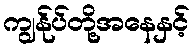
ကျွန်ုပ်တို့အနေနှင့်